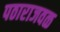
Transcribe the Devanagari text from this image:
पठाराजवळ